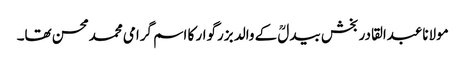
مولاناعبدالقادر بخش بیدلؒ کے والد بزرگوار کا اسم گرامی محمدمحسن تھا۔